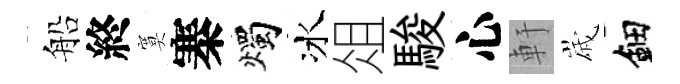
船終寞寨燭冰俎駿心軒𡻕鈿